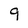
Character: 9